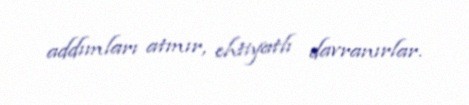
addımları atmır, ehtiyatlı davranırlar.